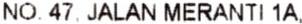
NO. 47, JALAN MERANTI 1A,